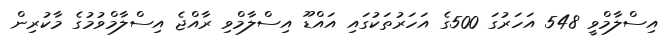
އިސްލާމްވީ 548 އަހަރުގަ 500ގެ އަހަރުތަކުގައި އައްޑޫ އިސްލާމްވި ރާއްޖެ އިސްލާމްވުމުގެ މާކުރިން